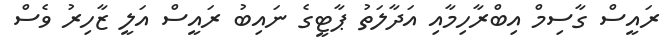
ރައީސް ގާސިމް އިބްރާހިމާއި އަދާލަތު ޕާޓީގެ ނައިބު ރައީސް އަލީ ޒާހިރު ވެސް